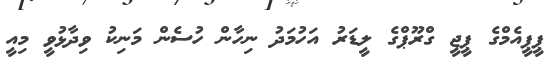
ޕީޕީއެމްގެ ޕީޖީ ގްރޫޕްގެ ލީޑަރު އަހުމަދު ނިހާން ހުސެން މަނިކު ވިދާޅުވީ މިއީ